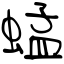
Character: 蜢